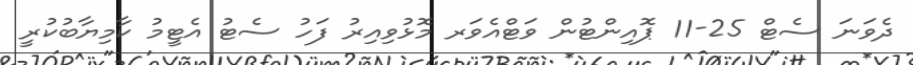
ދެވަނަ ސެޓް 25-11 ޕޮއިންޓުން ވަޓްއެވަރ މޮޅުވިއިރު ފަހު ސެޓު އެޓީމު ކާމިޔާބުކުރީ